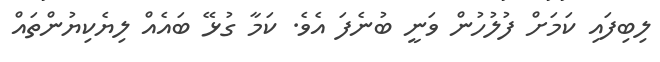
ލިބިފައި ކަމަށް ފުލުހުން ވަނީ ބުނެފަ އެވެ. ކަމާ ގުޅޭ ބައެއް ލިޔެކިޔުންތައް